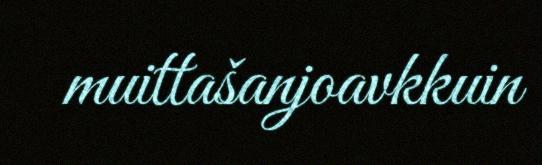
muittašanjoavkkuin